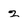
Character: 2